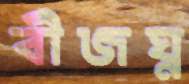
বীজঘ্ন